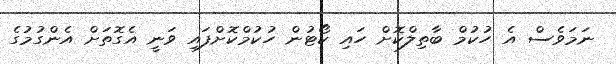
ނަމަވެސް އެ ހުކުމް ބާތިލްކޮށް ހައި ކޯޓުން ހުކުމްކޮށްފައި ވަނީ އެގޮތަށް އެންގުމުގެ